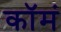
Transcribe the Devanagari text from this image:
कॉमं